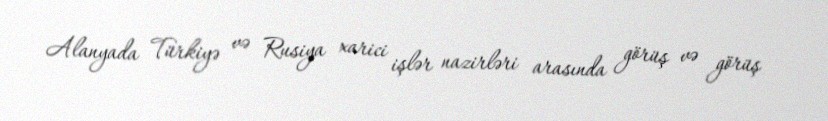
Alanyada Türkiyə və Rusiya xarici işlər nazirləri arasında görüş və görüş